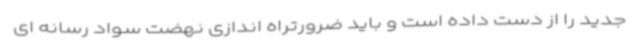
جدید را از دست داده است و باید ضرورتراه اندازی نهضت سواد رسانه ای